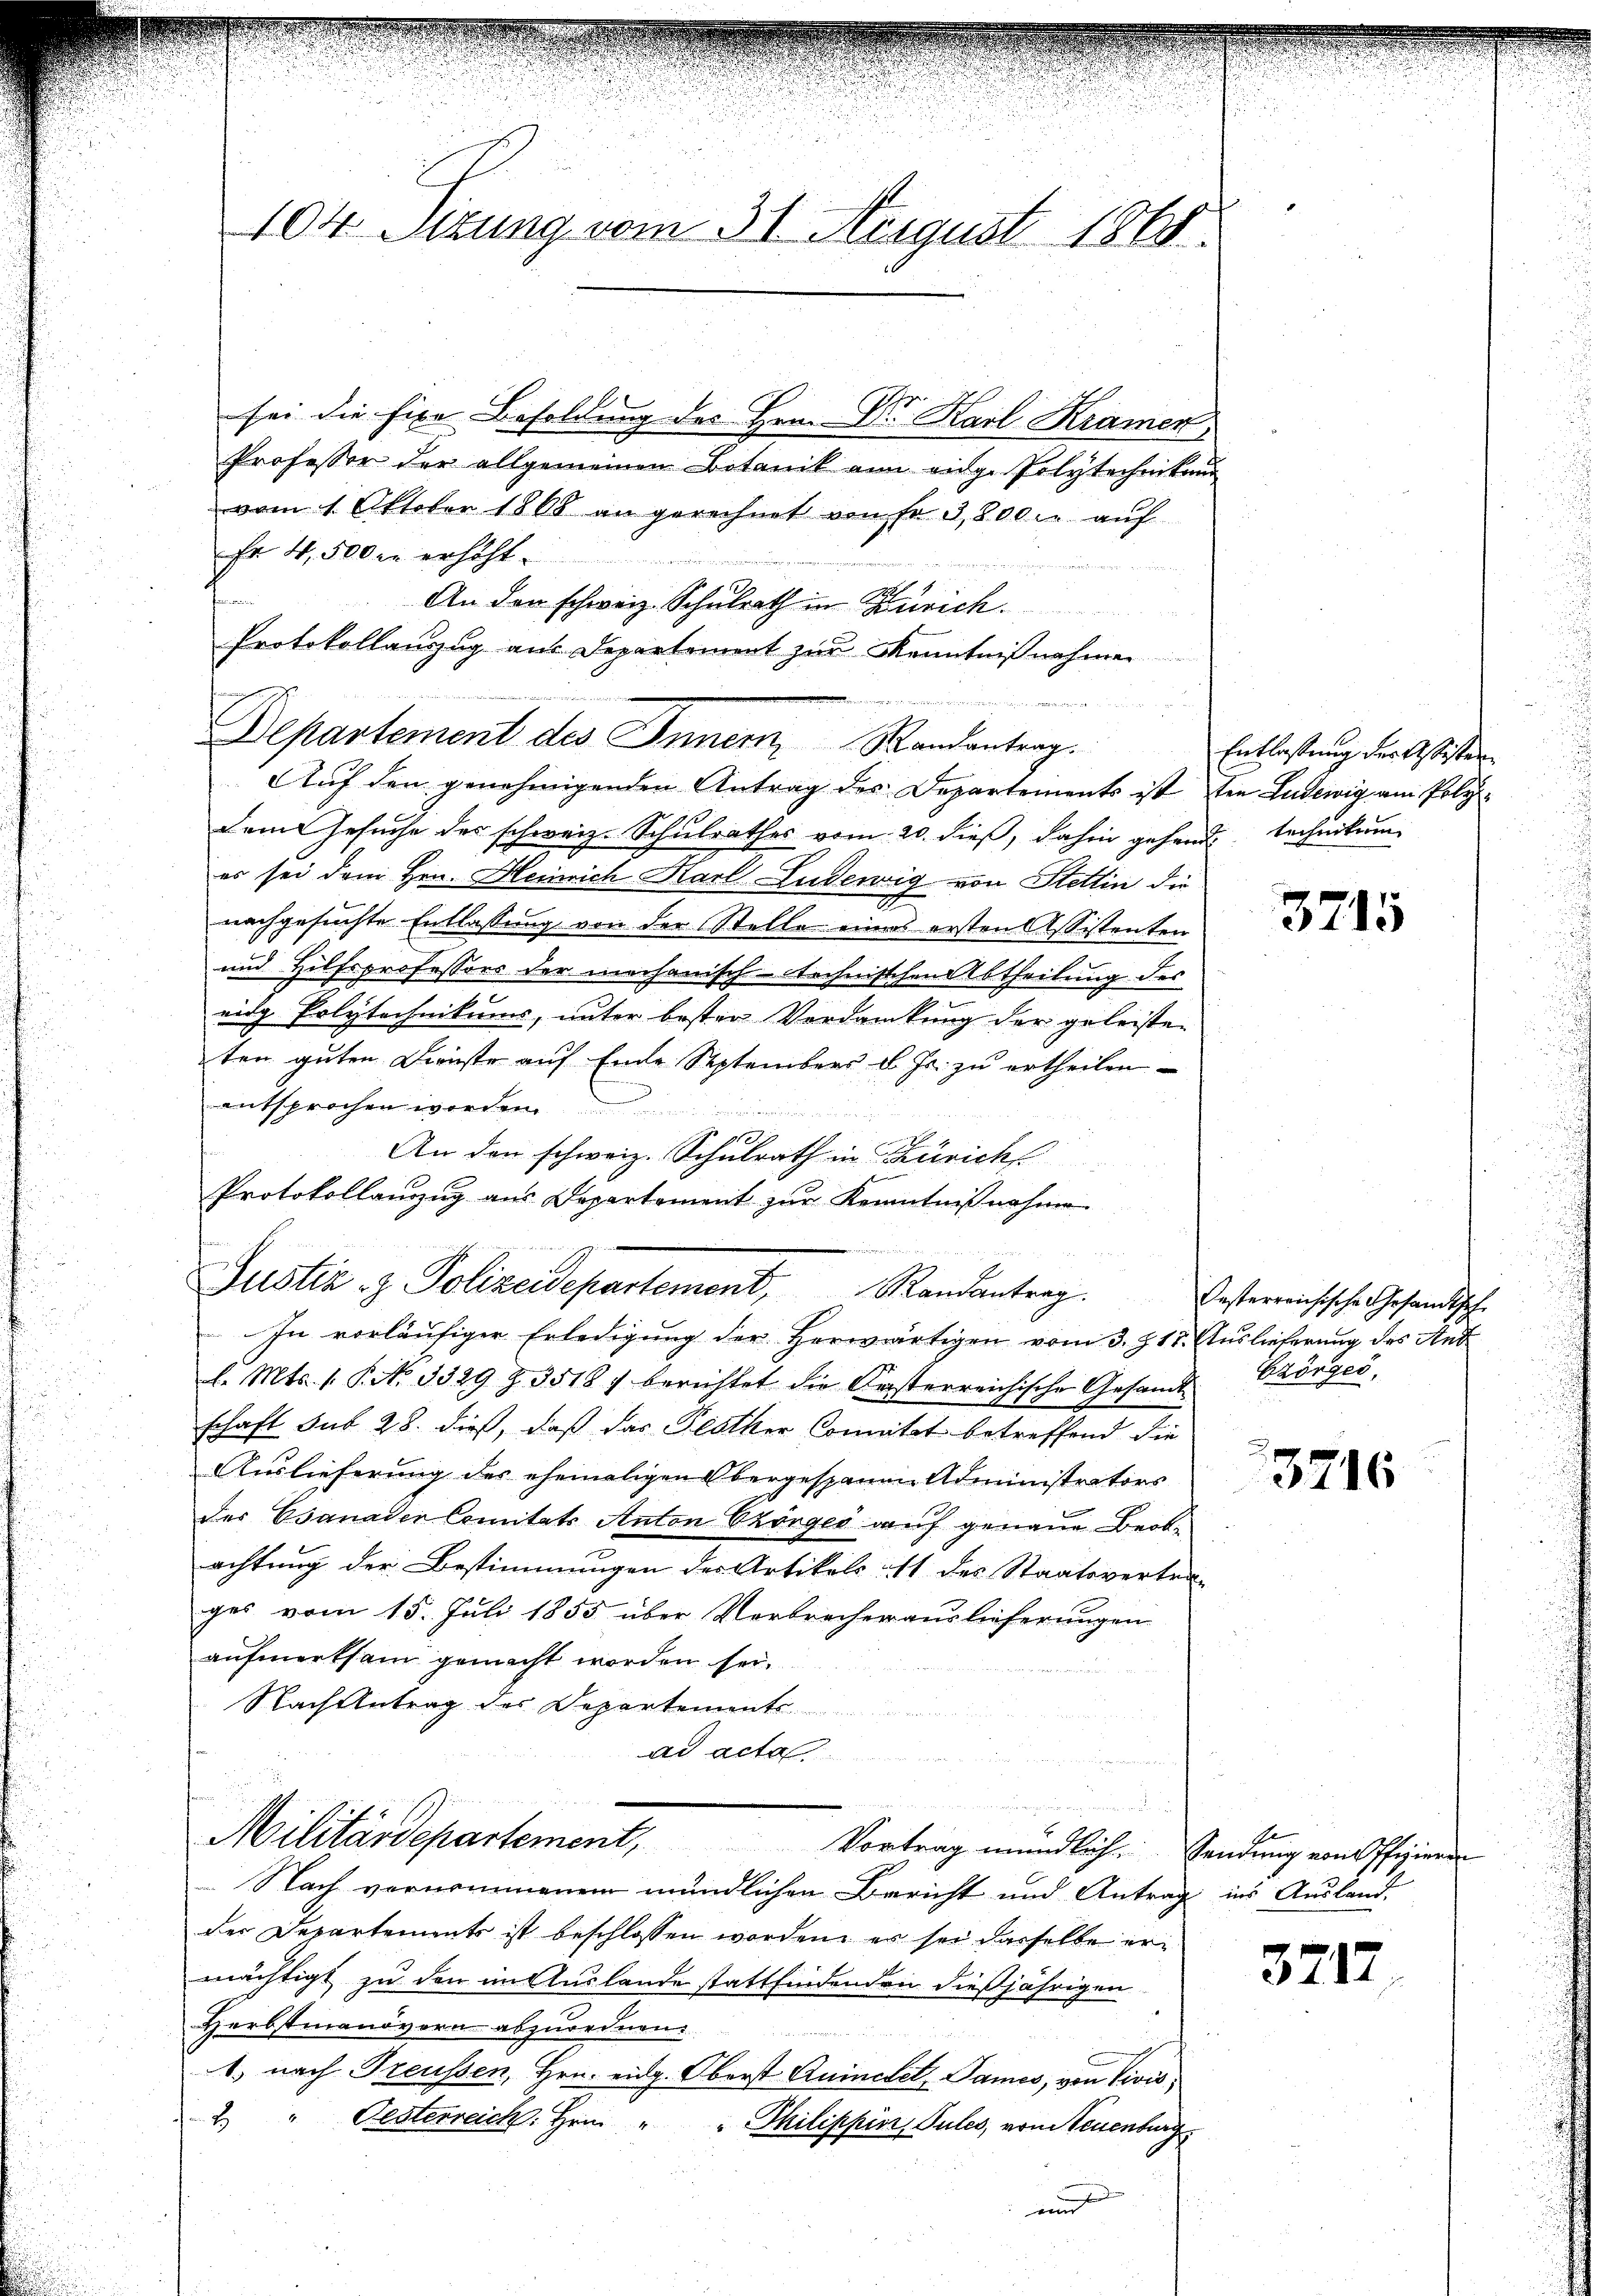
104. Situng vom 31. August 1868.

sei die fixe Besoldung des Hrn. Dr. Karl Kramen
Professor der allgemeinen Botanik an eidge Polytechnikung
vom 1. Oktober 1868 an gerechnet von Fr. 3,800 l. auf
Er 4,500 in erhöht.

fanien
An den schweiz. Schulrath in Zürich
Protokollanzug aus Departement zur Kenntnißnahmen
Aŭf den genehmigenden Antrag des Departements ist ten Ludewig am Poly-
Dem Gesuche des schweiz. Schulrathes vom 20. dieß, dahin gehend technikum
er sei dem Hrn. Heinrich Karl Ludewig von Stettin die
d
nachgesuchte Entlassung von der Stelle eines ersten Assistenten
und Hilfsprofessors der mechanisch-technischen Abtheilung des
.
eidg Polytechnikums, unter bester Verdankung der geleisten
ten guten Dienste auf Ende Septembers d. Js. zu ertheilen
n
entsprochen worden
An den schweiz. Schulrath in Zürich
Protokollanzug aus Departement zur Kenntnißnahme
In vorläufiger Erledigung der Herwärtigen vom 3. Z. 18. Auslieferung des Ant
l. Mts. 1. P. 3329 Z. 3518 f berichtet die Ersterreichische Gesandt
schaft sub 28. dieß, daß das Glocker Comitat betreffend die
Auslieferung des ehemaligen Obergespanen Administrators
des Csanader Comitats Anton Thörger auf genaue Beob-
achtung der Bestimmungen des Artikels 11 des Staatsvertra-
ges vom 15. Juli 1855 über Verbrecherauslieferungen
aufmerksam gemacht worden sei,
Nach Antrag des Departements
ad acta
.
Militärdepartement, Vortrag mündliche Sendung von Offizierde
Nach vernommenem mündlichen Bericht und Antrag ins Ausland-
der Departements ist beschlossen worden, er sei dasselbe ermächtigt zu den im Auslande stattfindenden dießjährigen
Herbstmandvorn abzurednen.
1. nach Treussen, Hrn. eidg. Oberst Quincket, Dames, von Vivis
2 " Oesterreich. Hrn " " Philippinz, Pules, von Neuenburg
un

Departement des Innern, Randantrag.

Justiz z. Polizeidepartement, Randantrag. Casterreichische Gesandtsche

Entlassung der Astesten

3715

Czörger,

23716

3717